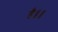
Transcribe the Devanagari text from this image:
है॥॥